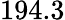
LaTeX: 194.3